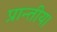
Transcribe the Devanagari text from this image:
प्रान्तीय।